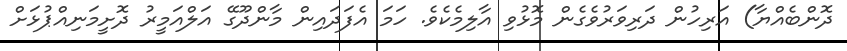
ދޮންބެއްޔާ) އަރިހުން ދަރިވަރުވެގެން މޮޅުވި އާލިމެކެވެ. ހަމަ އެފަދައިން މާންދޫގޭ އަލްއަމީރު ދޮށީމަނިއްޕުޅަށް